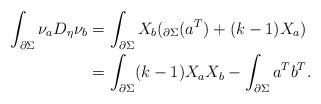
LaTeX: \begin{align*}\int_{\partial \Sigma}\nu_a D_\eta \nu_b &=\int_{\partial \Sigma} X_b(_{\partial \Sigma}(a^T)+(k-1)X_a)\\&=\int_{\partial \Sigma}(k-1)X_a X_b-\int_{\partial \Sigma}a^T b^T.\end{align*}